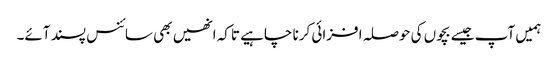
ہمیں آپ جیسے بچوں کی حوصلہ افزائی کرنا چاہیے تاکہ انھیں بھی سائنس پسند آئے۔